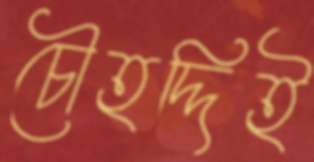
চৌহদ্দিই